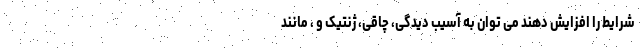
شرایط را افزایش دهند می توان به آسیب دیدگی، چاقی، ژنتیک و ، مانند